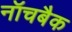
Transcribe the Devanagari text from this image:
नॉचबैक